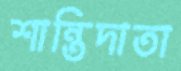
শান্তিদাতা